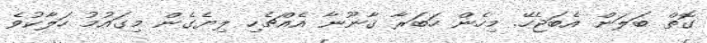
ގޮތް ބަލަން އެބަޖެހޭ. މިހެން ހަބަރާ ޤާނޫނާ އެއްޗެހި ލިޔެގެން މިގައުމު ހަލާކުވެ